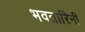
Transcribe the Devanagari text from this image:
भवतारिनी